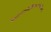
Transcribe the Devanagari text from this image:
देहप्रभाविजितमन्मथकोटिकान्तेः